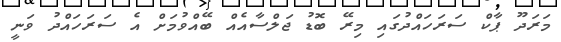
މަރަދޫ ޕާކް ސަރަހައްދުގައި މިރޭ ބޮޑު ޖަލްސާއެއް ބޭއްވުމަށް އެ ސަރަހައްދު ވަނީ